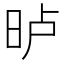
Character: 𣆐